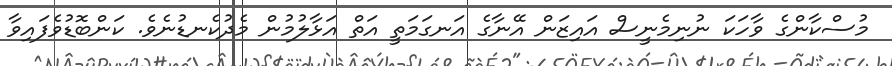
މުސްކާންގެ ވާހަކަ ނުނިމެނީސް އައިޒަން އޭނާގެ އަނގަމަތީ އަތް އަޅާލުމުން މެދުކެނޑުނެވެ. ކަންބޮޑުވެފައިވާ